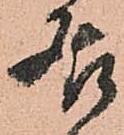
居